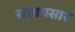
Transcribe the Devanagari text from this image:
सत्ताप्रसार